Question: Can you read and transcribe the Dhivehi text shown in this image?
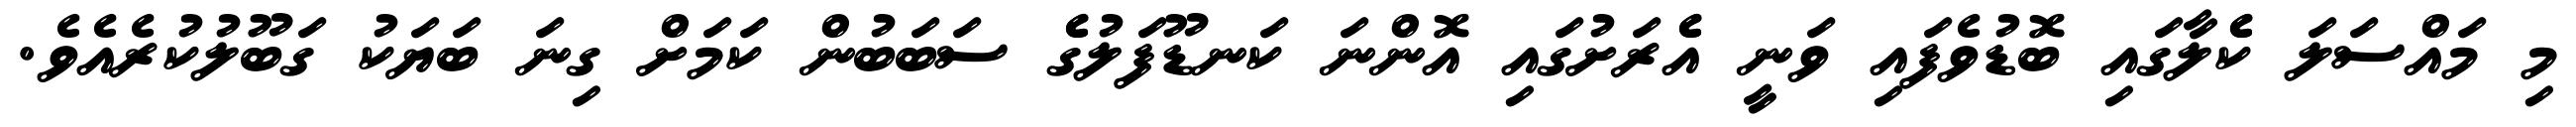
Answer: މި މައްސަލަ ކެެލާގައި ބޮޑުވެފައި ވަނީ އެެރަށުގައި އޮންނަ ކަނޑޫފަލުގެެ ސަބަބުން ކަމަށް ގިނަ ބަޔަކު ގަބޫލުކުރެއެވެ.